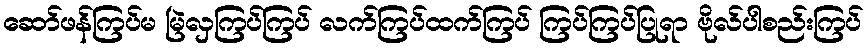
ဆော်ဖန်ကြပ်မ မြဲလှကြပ်ကြပ် လက်ကြပ်ထက်ကြပ် ကြပ်ကြပ်ပြုရာ ဗိုလ်ပါစည်းကြပ်